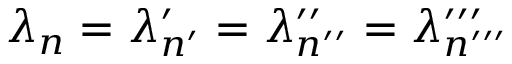
\lambda _ { n } = \lambda _ { n ^ { \prime } } ^ { \prime } = \lambda _ { n ^ { \prime \prime } } ^ { \prime \prime } = \lambda _ { n ^ { \prime \prime \prime } } ^ { \prime \prime \prime }